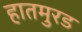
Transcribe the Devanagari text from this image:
हातमुरड